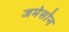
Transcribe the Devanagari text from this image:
जमेसोन